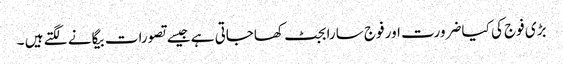
بڑی فوج کی کیا ضرورت اور فوج سارا بجٹ کھاجاتی ہے جیسے تصورات بیگانے لگتے ہیں ۔